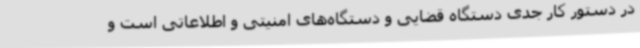
در دستور کار جدی دستگاه قضایی و دستگاه‌های امنیتی و اطلاعاتی است و